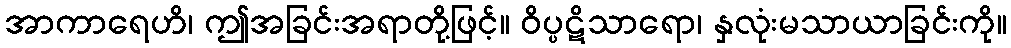
အာကာရေဟိ၊ ဤအခြင်းအရာတို့ဖြင့်။ ဝိပ္ပဋိသာရော၊ နှလုံးမသာယာခြင်းကို။